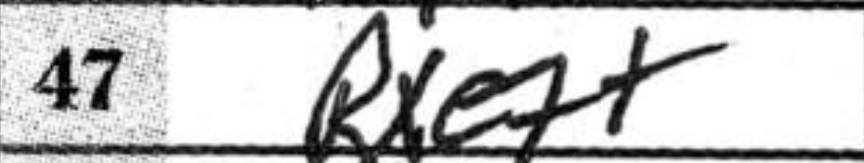
Transcription: Rxe7+